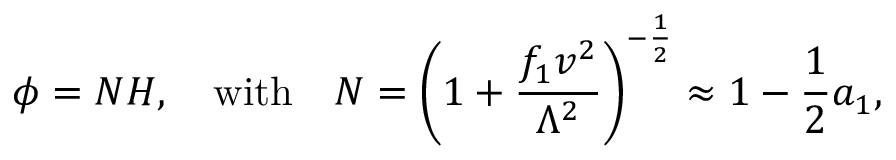
\phi = N H , \quad \mathrm { w i t h } \quad N = \left( 1 + { \frac { f _ { 1 } v ^ { 2 } } { \Lambda ^ { 2 } } } \right) ^ { - { \frac { 1 } { 2 } } } \approx 1 - { \frac { 1 } { 2 } } a _ { 1 } ,